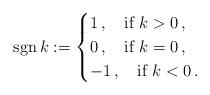
LaTeX: \begin{align*}{\rm sgn}\,k:=\begin{cases}1\,,\quad\mbox{if}\,\,k>0\,,\\ 0\,,\quad\mbox{if}\,\,k=0\,,\\ -1\,,\quad\mbox{if}\,\,k<0\,.\end{cases}\end{align*}